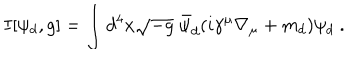
I [ \psi _ { d } , g ] = \int d ^ { 4 } x \sqrt { - g } ~ \bar { \psi } _ { d } ( i \gamma ^ { \mu } \nabla _ { \mu } + m _ { d } ) \psi _ { d } ~ .